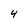
Character: 4